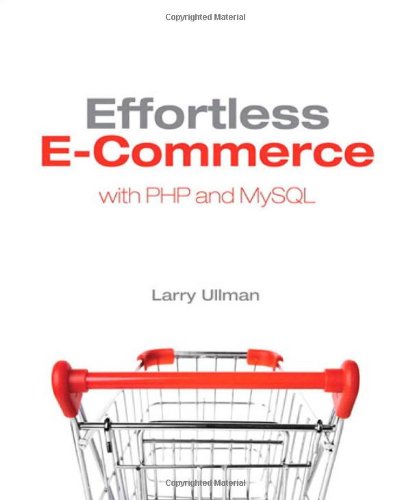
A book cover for Effortless E-Commerce with PHP and MySQL; Larry Ullman; Computers & Technology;